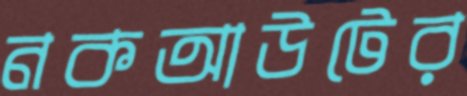
নকআউটের